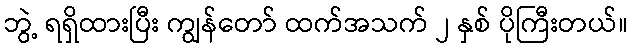
ဘွဲ့ ရရှိထားပြီး ကျွန်တော် ထက်အသက် ၂ နှစ် ပိုကြီးတယ်။